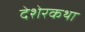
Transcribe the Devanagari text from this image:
देशेरकथा